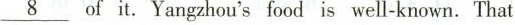
\underline{8}of it. Yangzhou's food is well-known.That